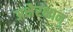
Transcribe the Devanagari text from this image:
अक्षैरक्षान्